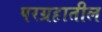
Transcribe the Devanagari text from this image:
परग्रहातील